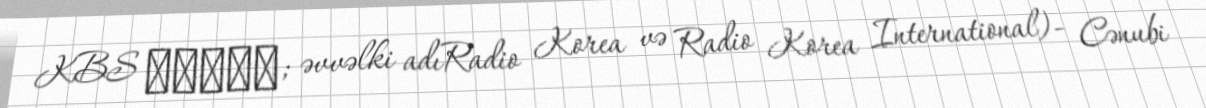
KBS 월드라디오; əvvəlki adıRadio Korea və Radio Korea International)- Cənubi